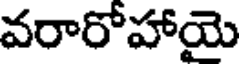
వరారోహాయె